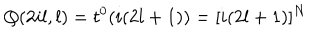
LaTeX: Q ( 2 i l , l ) = t ^ { 0 } ( i ( 2 l + 1 ) ) = [ i ( 2 l + 1 ) ] ^ { N }